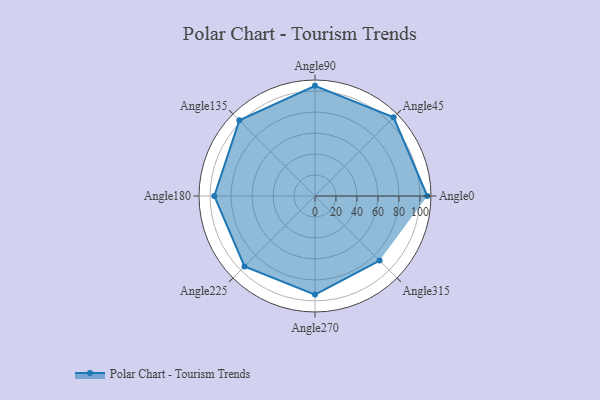
{"axis": {"x": "Angle", "y": "Radius"}, "legend": [""], "data": [{"x": "Angle0", "y": 107.0, "type": ""}, {"x": "Angle45", "y": 106.0, "type": ""}, {"x": "Angle90", "y": 105.0, "type": ""}, {"x": "Angle135", "y": 102.0, "type": ""}, {"x": "Angle180", "y": 96.0, "type": ""}, {"x": "Angle225", "y": 95.0, "type": ""}, {"x": "Angle270", "y": 94.0, "type": ""}, {"x": "Angle315", "y": 87.0, "type": ""}]}